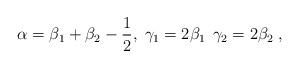
LaTeX: \begin{align*} \alpha= \beta_1 + \beta_2 - \frac{1}{2}, \; \gamma_1 = 2\beta_1\, \; \gamma_2 = 2\beta_2 \;,\end{align*}